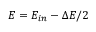
E = E _ { i n } - \Delta E / 2